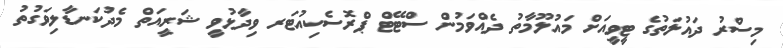
މިސްރު ދައުލަތުގެ ޓީވީއަށް މައުލޫމާތު ދެއްވަމުން ސްޓޭޓް ޕްރޮސެކިއުޓަރ ވިދާޅުވީ ޝަރީއަތް މެދުކަނޑާލިވަގުތު